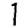
Digit: 1